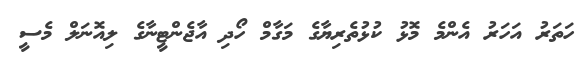
ހަތަރު އަހަރު އެންމެ މޮޅު ކުޅުތެރިޔާގެ މަގާމް ހޯދި އާޖެންޓީނާގެ ލިއޮނަލް މެސީ